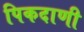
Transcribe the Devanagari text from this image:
पिकदाणी